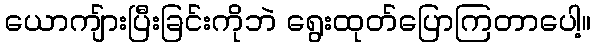
ယောကျ်ားပြီးခြင်းကိုဘဲ ရွေးထုတ်ပြောကြတာပေါ့။